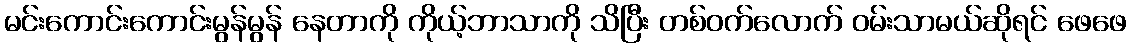
မင်းကောင်းကောင်းမွန်မွန် နေတာကို ကိုယ့်ဘာသာကို သိပြီး တစ်ဝက်လောက် ဝမ်းသာမယ်ဆိုရင် ဖေဖေ